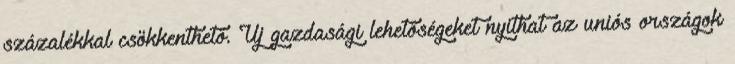
százalékkal csökkenthető. Új gazdasági lehetőségeket nyithat az uniós országok